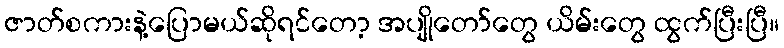
ဇာတ်စကားနဲ့ပြောမယ်ဆိုရင်တော့ အပျိုတော်တွေ ယိမ်းတွေ ထွက်ပြီးပြီ။